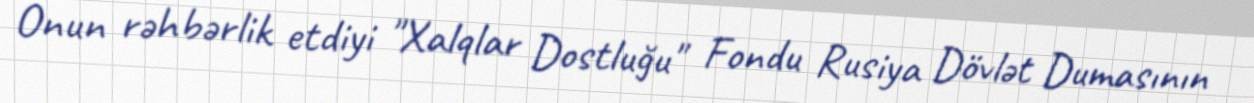
Onun rəhbərlik etdiyi "Xalqlar Dostluğu" Fondu Rusiya Dövlət Dumasının